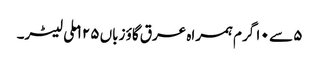
۵ سے ۱۰ گرم ہمراہ عرق گاؤ زباں ۱۲۵ ملی لیٹر۔